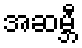
အဆမ္ဘီ